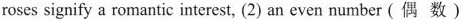
roses signify a romantic interest, (2) an even number (偶 数)